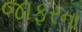
જાફરના